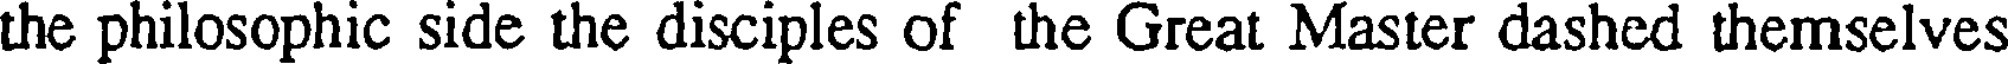
the philosophic side the disciples of the Great Master dashed themselves